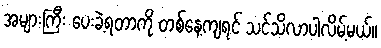
အများကြီး ပေးခဲ့ရတာကို တစ်နေ့ကျရင် သင်သိလာပါလိမ့်မယ်။